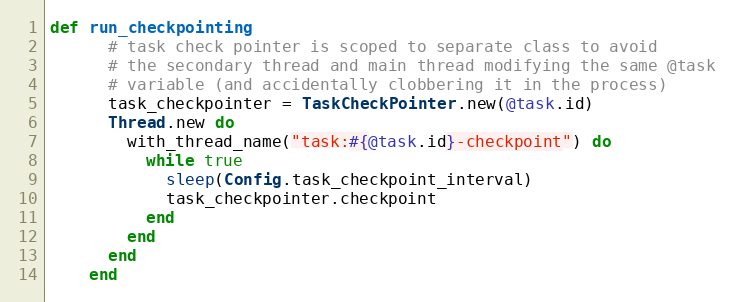
Language: Ruby
def run_checkpointing
      # task check pointer is scoped to separate class to avoid
      # the secondary thread and main thread modifying the same @task
      # variable (and accidentally clobbering it in the process)
      task_checkpointer = TaskCheckPointer.new(@task.id)
      Thread.new do
        with_thread_name("task:#{@task.id}-checkpoint") do
          while true
            sleep(Config.task_checkpoint_interval)
            task_checkpointer.checkpoint
          end
        end
      end
    end